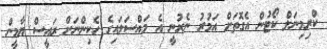
ކްރިމިނަލް ކޯޓުން އެގޮތަށް އަމުރު ނެރުނީ އެ މައްސަލައިގެ ހެކިންނަށް ރައީސް ޔާމީން